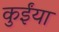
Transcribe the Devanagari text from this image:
कुईंया